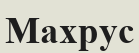
Махрус